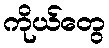
ကိုယ်တွေ